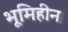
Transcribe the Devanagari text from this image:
भूमिहीन।